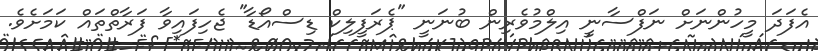
އެފަދަ މީހުންނަށް ނަފްސާނީ އިލްމުވެރިން ބުނަނީ "ޕެރަފީލިކް ޑިސްއޯޑާ" ޖެހިފައިވާ ފަރާތްތައް ކަމަށެވެ.